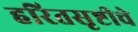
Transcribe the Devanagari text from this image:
हरितसृष्टीचे